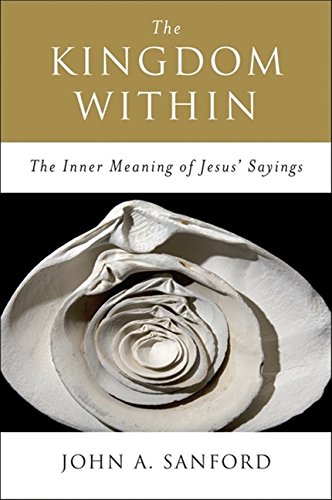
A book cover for The Kingdom Within: The Inner Meaning of Jesus' Sayings; John A. Sanford; Religion & Spirituality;